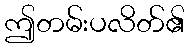
ဤတမ်းပလိတ်၏